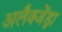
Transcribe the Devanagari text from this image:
अलैक्जेंड्रा